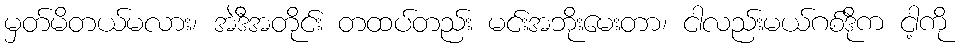
မှတ်မိတယ်မလား၊ အဲဒီအတိုင်း တထပ်တည်း မင်းအဘိုးမေးတာ၊ ငါလည်းမယ်ဂစ်ဒိုက ငါ့ကို